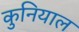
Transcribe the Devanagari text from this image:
कुनियाल